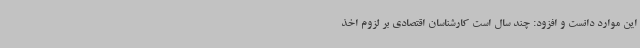
این موارد دانست و افزود: چند سال است کارشناسان اقتصادی بر لزوم اخذ